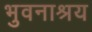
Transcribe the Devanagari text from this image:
भुवनाश्रय